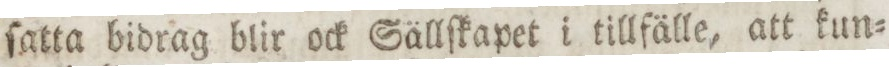
ſatta bidrag blir ock Sällſkapet i tillfälle, att kun=